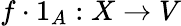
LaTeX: f\cdot 1_{A}:X\to V